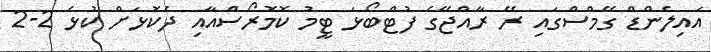
އައިލެންޑް ގޭމްސްގައި ރޭ ރާއްޖޭގެ ފުޓްބޯޅަ ޓީމު ކޮމޮރޯސްއާއި ދެކޮޅަށް ކުޅެ 2-2